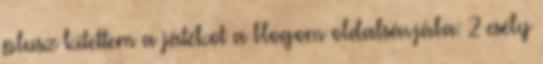
plusz kitettem a játékot a blogom oldalsávjába: 2 esély